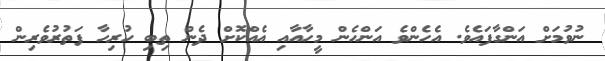
ނުވުމަށް އަންގާފައެވެ. އެހެންވެ އަންހެން މީހާއާއި އެއްކޮށް ދެން ތިބި ހުރިހާ ފަތުރުވެރިން